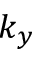
k _ { y }